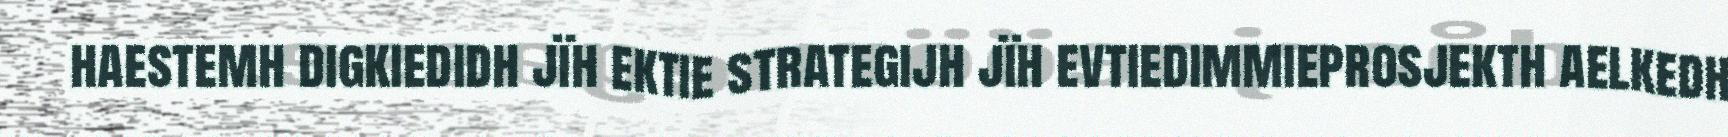
haestemh digkiedidh jïh ektie strategijh jïh evtiedimmieprosjekth aelkedh